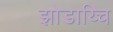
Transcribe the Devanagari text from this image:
झोडाय्चि